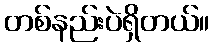
တစ်နည်းပဲရှိတယ်။